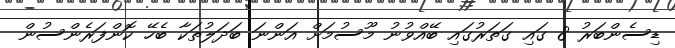
ޑިސެންބަރު 8 ގައި ގަތަރުގައި ބޭއްވުނު މޫސުމަށް އަންނަ ބަދަލުތަކާ ބެހޭ ކޮންފަރެންސުން